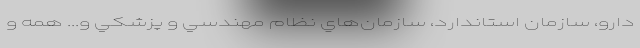
دارو، سازمان استاندارد، سازمان‌هاي نظام مهندسي و پزشكي و... همه و